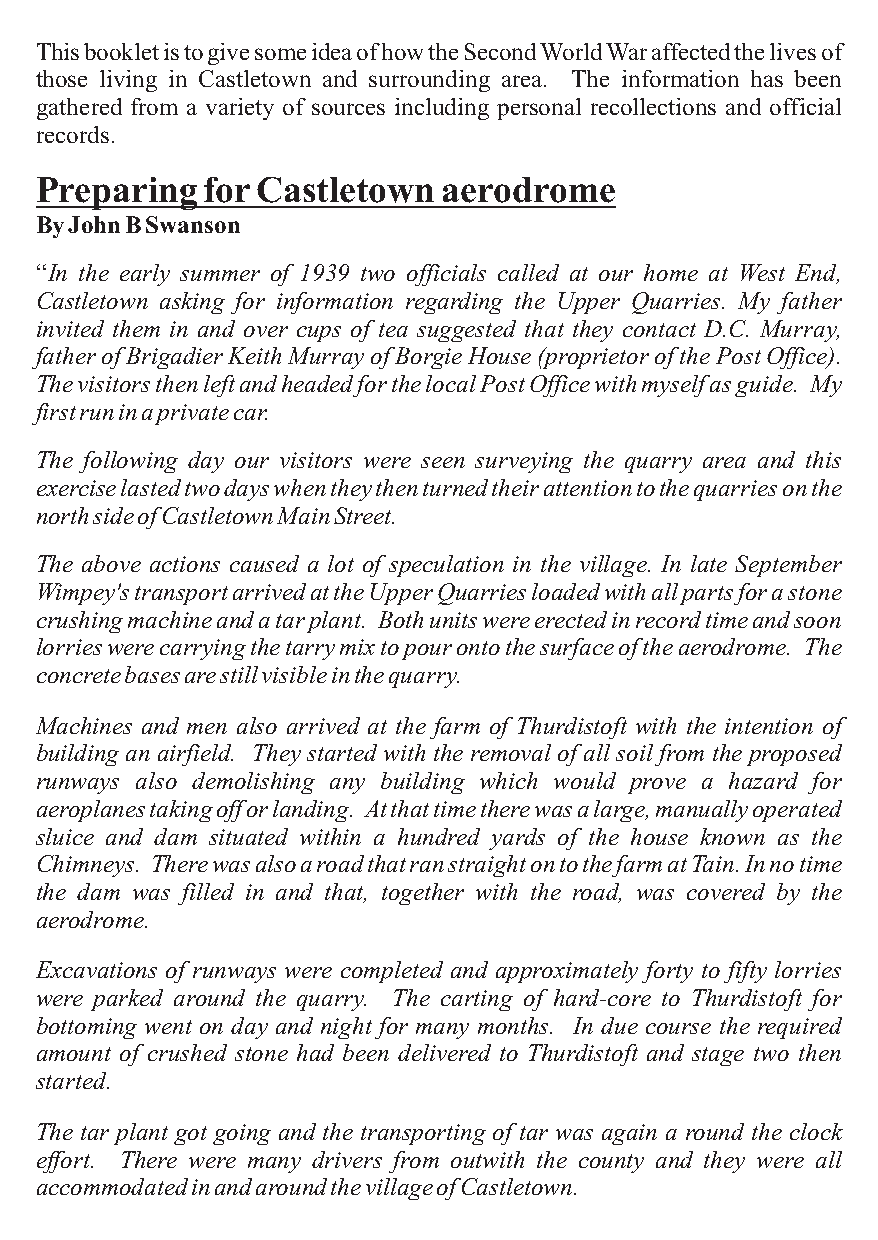
ThisbookletistogivesomeideaofhowtheSecondWorldWaraffectedthelivesof
 those living in Castletown and surrounding area. The information has been
 gathered from a variety of sources including personal recollections and official
 records.
 PreparingforCastletownaerodrome
 ByJohnBSwanson
 “In the early summer of 1939 two officials called at our home at West End,
 Castletown asking for information regarding the Upper Quarries. My father
 invited them in and over cups of tea suggested that they contact D.C. Murray,
 fatherofBrigadierKeithMurrayofBorgieHouse(proprietorofthePostOffice).
 ThevisitorsthenleftandheadedforthelocalPostOfficewithmyselfasguide. My
 firstruninaprivatecar.
 The following day our visitors were seen surveying the quarry area and this
 exerciselastedtwodayswhentheythenturnedtheirattentiontothequarriesonthe
 northsideofCastletownMainStreet.
 The above actions caused a lot of speculation in the village. In late September
 Wimpey'stransportarrivedattheUpperQuarriesloadedwithallpartsforastone
 crushingmachineandatarplant. Bothunitswereerectedinrecordtimeandsoon
 lorrieswerecarryingthetarrymixtopourontothesurfaceoftheaerodrome. The
 concretebasesarestillvisibleinthequarry.
 Machines and men also arrived at the farm of Thurdistoft with the intention of
 building an airfield. They started with the removal of all soil from the proposed
 runways also demolishing any building which would prove a hazard for
 aeroplanestakingofforlanding. Atthattimetherewasalarge,manuallyoperated
 sluice and dam situated within a hundred yards of the house known as the
 Chimneys. TherewasalsoaroadthatranstraightontothefarmatTain.Innotime
 the dam was filled in and that, together with the road, was covered by the
 aerodrome.
 Excavations of runways were completed and approximately forty to fifty lorries
 were parked around the quarry. The carting of hard-core to Thurdistoft for
 bottoming went on day and night for many months. In due course the required
 amount of crushed stone had been delivered to Thurdistoft and stage two then
 started.
 The tar plant got going and the transporting of tar was again a round the clock
 effort. There were many drivers from outwith the county and they were all
 accommodatedinandaroundthevillageofCastletown.